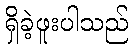
ရှိခဲ့ဖူးပါသည်